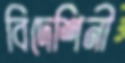
বিদেশিনী